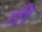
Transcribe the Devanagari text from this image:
गीं